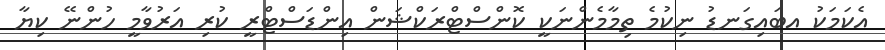
އެކަމަކު އބައިގަނޑު ނިކުމެ ތިމާމެންނަކީ ކޮންސްޓްރަކްޝަން އިންޑަސްޓްރީ ކުރި އަރުވާމީ ހުންނޭ ކިޔާ